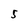
Character: 5